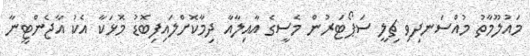
މައުލޫމާތު މުއްސަނދިވި ޗިލީ ސަޕޯޓަރުން މެސީގެ އާއިލާއާ ދިމާކޮށްލައިފިބޮޑު މޮޅަކާ އެކު އާޖެންޓީނާ